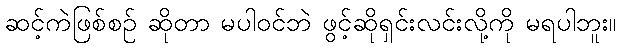
ဆင့်ကဲဖြစ်စဉ် ဆိုတာ မပါဝင်ဘဲ ဖွင့်ဆိုရှင်းလင်းလို့ကို မရပါဘူး။